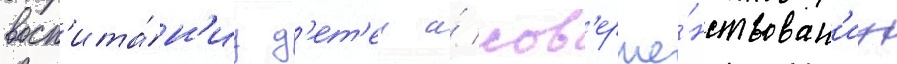
восп'ита́н'иу д'ет'еи и́ сов'ерше́нствован'иу